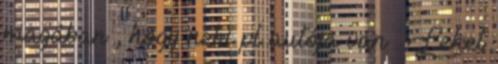
magában , hogy neki pl autója van . Lehet